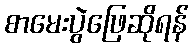
စာမေးပွဲဖြေဆိုရန်